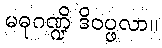
မဓုဂဏ္ဍိ ဒိဝပ္ဖလာ။